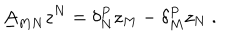
LaTeX: \underline { { { A } } } _ { M N } z ^ { N } = \delta _ { N } ^ { P } z _ { M } - \delta _ { M } ^ { P } z _ { N } \ .